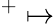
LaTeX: ^+\mapsto